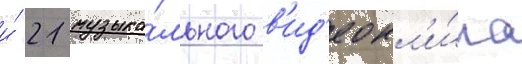
и́ 21 музыка́льного в'ид'еокл'и́па